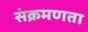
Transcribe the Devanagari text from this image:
संक्रमणता